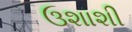
ઉશાશી